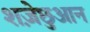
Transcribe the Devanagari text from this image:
शज़ेछुआन